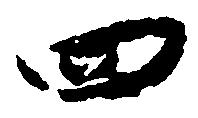
四